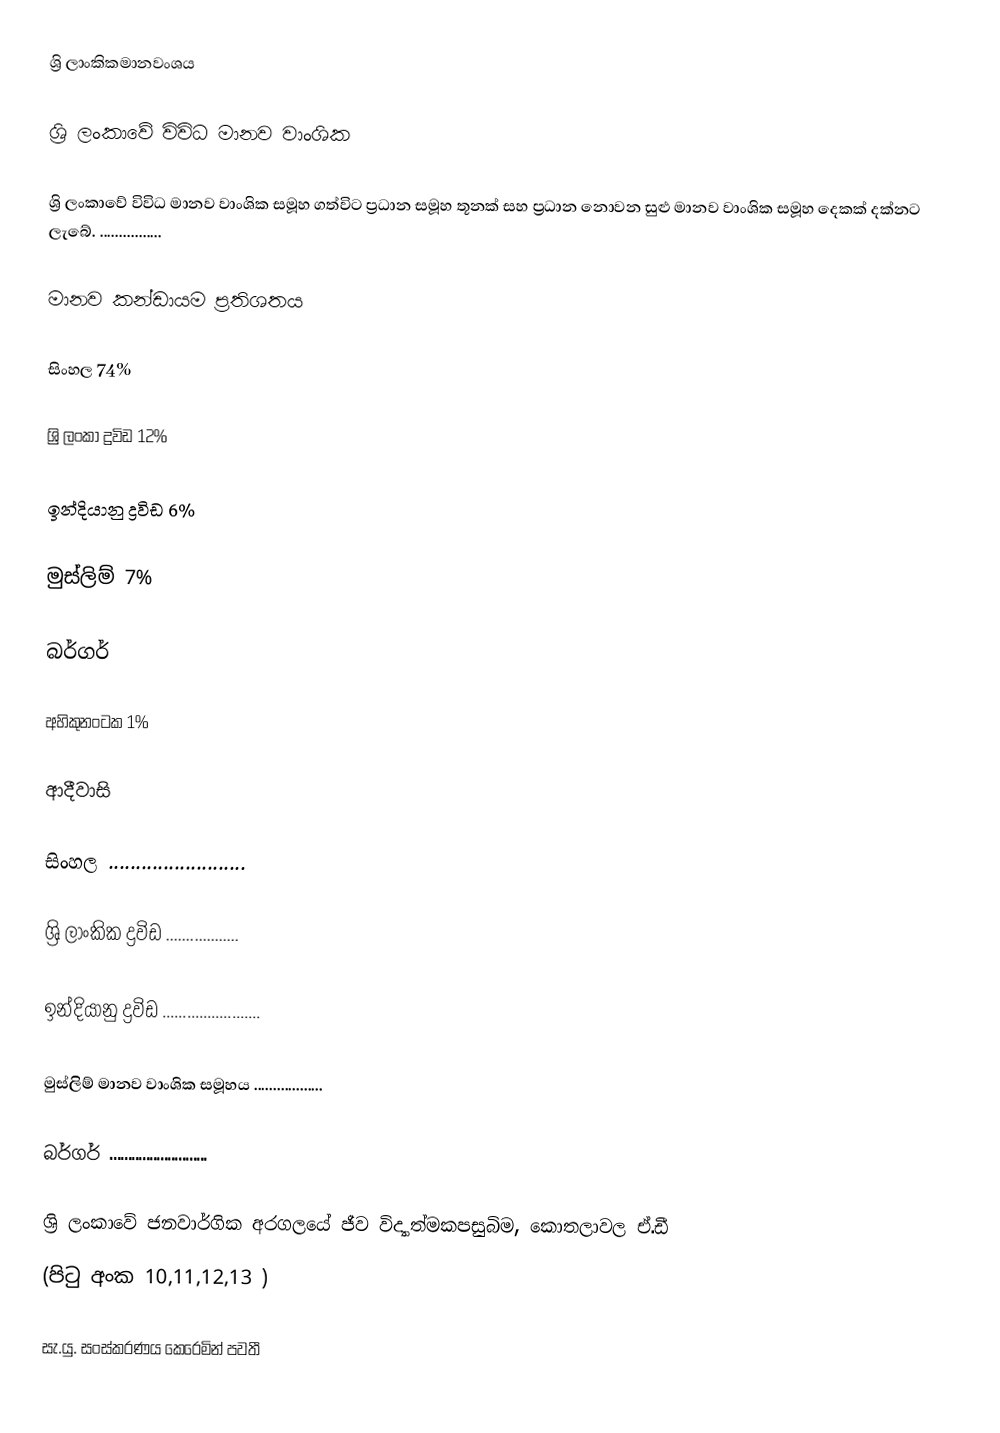
ශ්‍රි  ලාංකිකමානවංශය

ශ්‍රි ලංකාවේ විවිධ මානව වාංශික

ශ්‍රි ලංකාවේ විවිධ මානව වාංශික සමූහ ගත්විට ප්‍රධාන සමූහ තූනක් සහ ප්‍රධාන ‍නොවන සුළු මානව වාංශික සමූහ දෙකක් දක්නට ලැබේ.  ................

මානව කන්ඩායම                                                                                                                                                                              ප්‍රතිශතය

සිංහල			                                                                                                                                                      74%

ශ්‍රි ලංකා ද්‍රවිඩ			                                                                                                                                 12%

ඉන්දියානු  ද්‍රවිඩ		                                                                                                                                                        6%

මුස්ලිම්			                                                                                                                                                       7%

බර්ගර්

අහිකුනංටක			                                                                                                                                                       1%

ආදීවාසි

සිංහල     .........................

ශ්‍රි  ලාංකික ද්‍රවිඩ   ..................

ඉන්දියානු  ද්‍රවිඩ  ........................

මුස්ලිම් මානව වාංශික  සමූහය	..................

බර්ගර්  ...........................

ශ්‍රි ලංකාවේ ජනවාර්ගික අරගලයේ ජීව විද්‍යාත්මකපසුබිම, කොතලාවල ඒ.ඩී
(පිටු අංක 10,11,12,13 )

සැ.යු. සංස්කරණය කෙරෙමින් පවතී